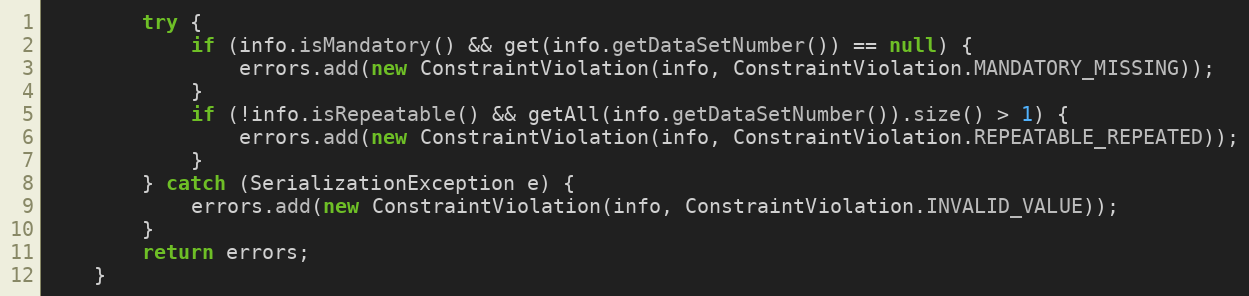
Language: Java
		try {
			if (info.isMandatory() && get(info.getDataSetNumber()) == null) {
				errors.add(new ConstraintViolation(info, ConstraintViolation.MANDATORY_MISSING));
			}
			if (!info.isRepeatable() && getAll(info.getDataSetNumber()).size() > 1) {
				errors.add(new ConstraintViolation(info, ConstraintViolation.REPEATABLE_REPEATED));
			}
		} catch (SerializationException e) {
			errors.add(new ConstraintViolation(info, ConstraintViolation.INVALID_VALUE));
		}
		return errors;
	}